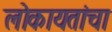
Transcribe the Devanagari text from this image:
लोकायतांचा